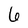
Character: 6